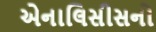
એનાલિસીસનો